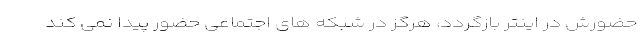
حضورش در اینتر بازگردد، هرگز در شبکه های اجتماعی حضور پیدا نمی کند